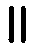
။